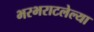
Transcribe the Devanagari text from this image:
भरभराटलेल्या